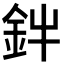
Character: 𮡩